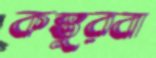
কস্তুরবা